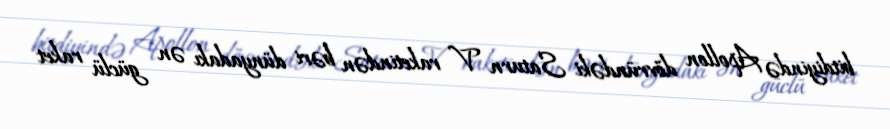
bitdiyində Apollon dövründəki Saturn V raketindən bəri dünyadakı ən güclü raket